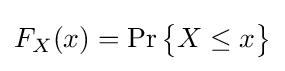
{\textstyle F_{X}(x)=\Pr {\begin{Bmatrix}X\leq {x}\end{Bmatrix}}}